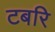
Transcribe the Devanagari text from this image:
टबरि